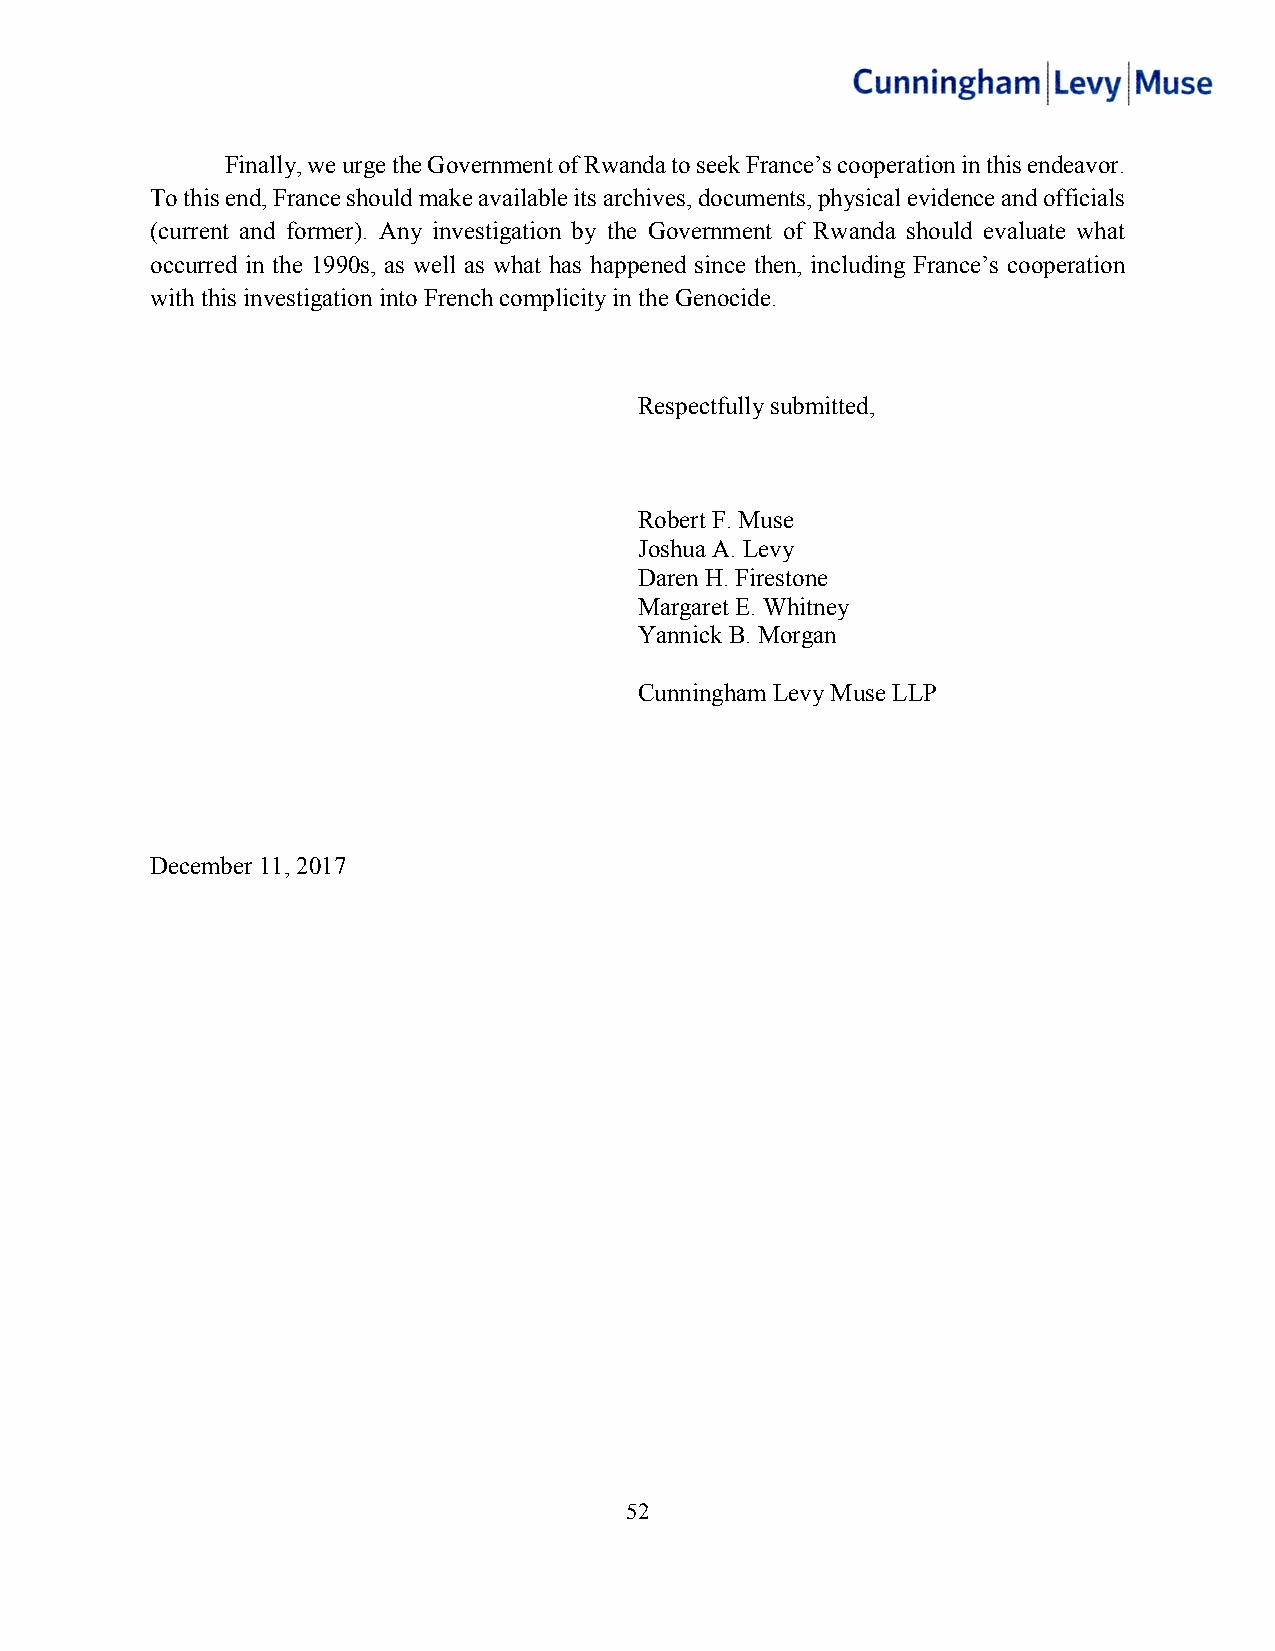
Finally, we urge the Government of Rwanda to seek France’s cooperation in this endeavor.
 To this end, France should make available its archives, documents, physical evidence and officials
 (current and former). Any investigation by the Government of Rwanda should evaluate what
 occurred in the 1990s, as well as what has happened since then, including France’s cooperation
 with this investigation into French complicity in the Genocide.
 Respectfully submitted,
 Robert F. Muse
 Joshua A. Levy
 Daren H. Firestone
 Margaret E. Whitney
 Yannick B. Morgan
 Cunningham Levy Muse LLP
 December 11, 2017
 52